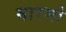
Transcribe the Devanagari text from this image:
मारमो